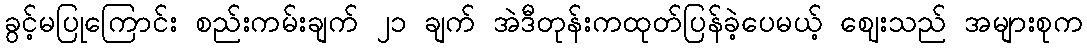
ခွင့်မပြုကြောင်း စည်းကမ်းချက် ၂၁ ချက် အဲဒီတုန်းကထုတ်ပြန်ခဲ့ပေမယ့် ဈေးသည် အများစုက